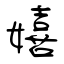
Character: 嬉